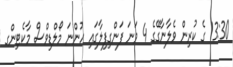
13:30 ގެ ކުރިން ވެލާނާގޭގެ 4 ވަނަ ފަންގިފިލާގައި ހުންނަ މޯލްޑިވްސް މާކެޓިންގ